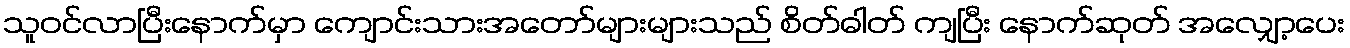
သူဝင်လာပြီးနောက်မှာ ကျောင်းသားအတော်များများသည် စိတ်ဓါတ် ကျပြီး နောက်ဆုတ် အလျှော့ပေး